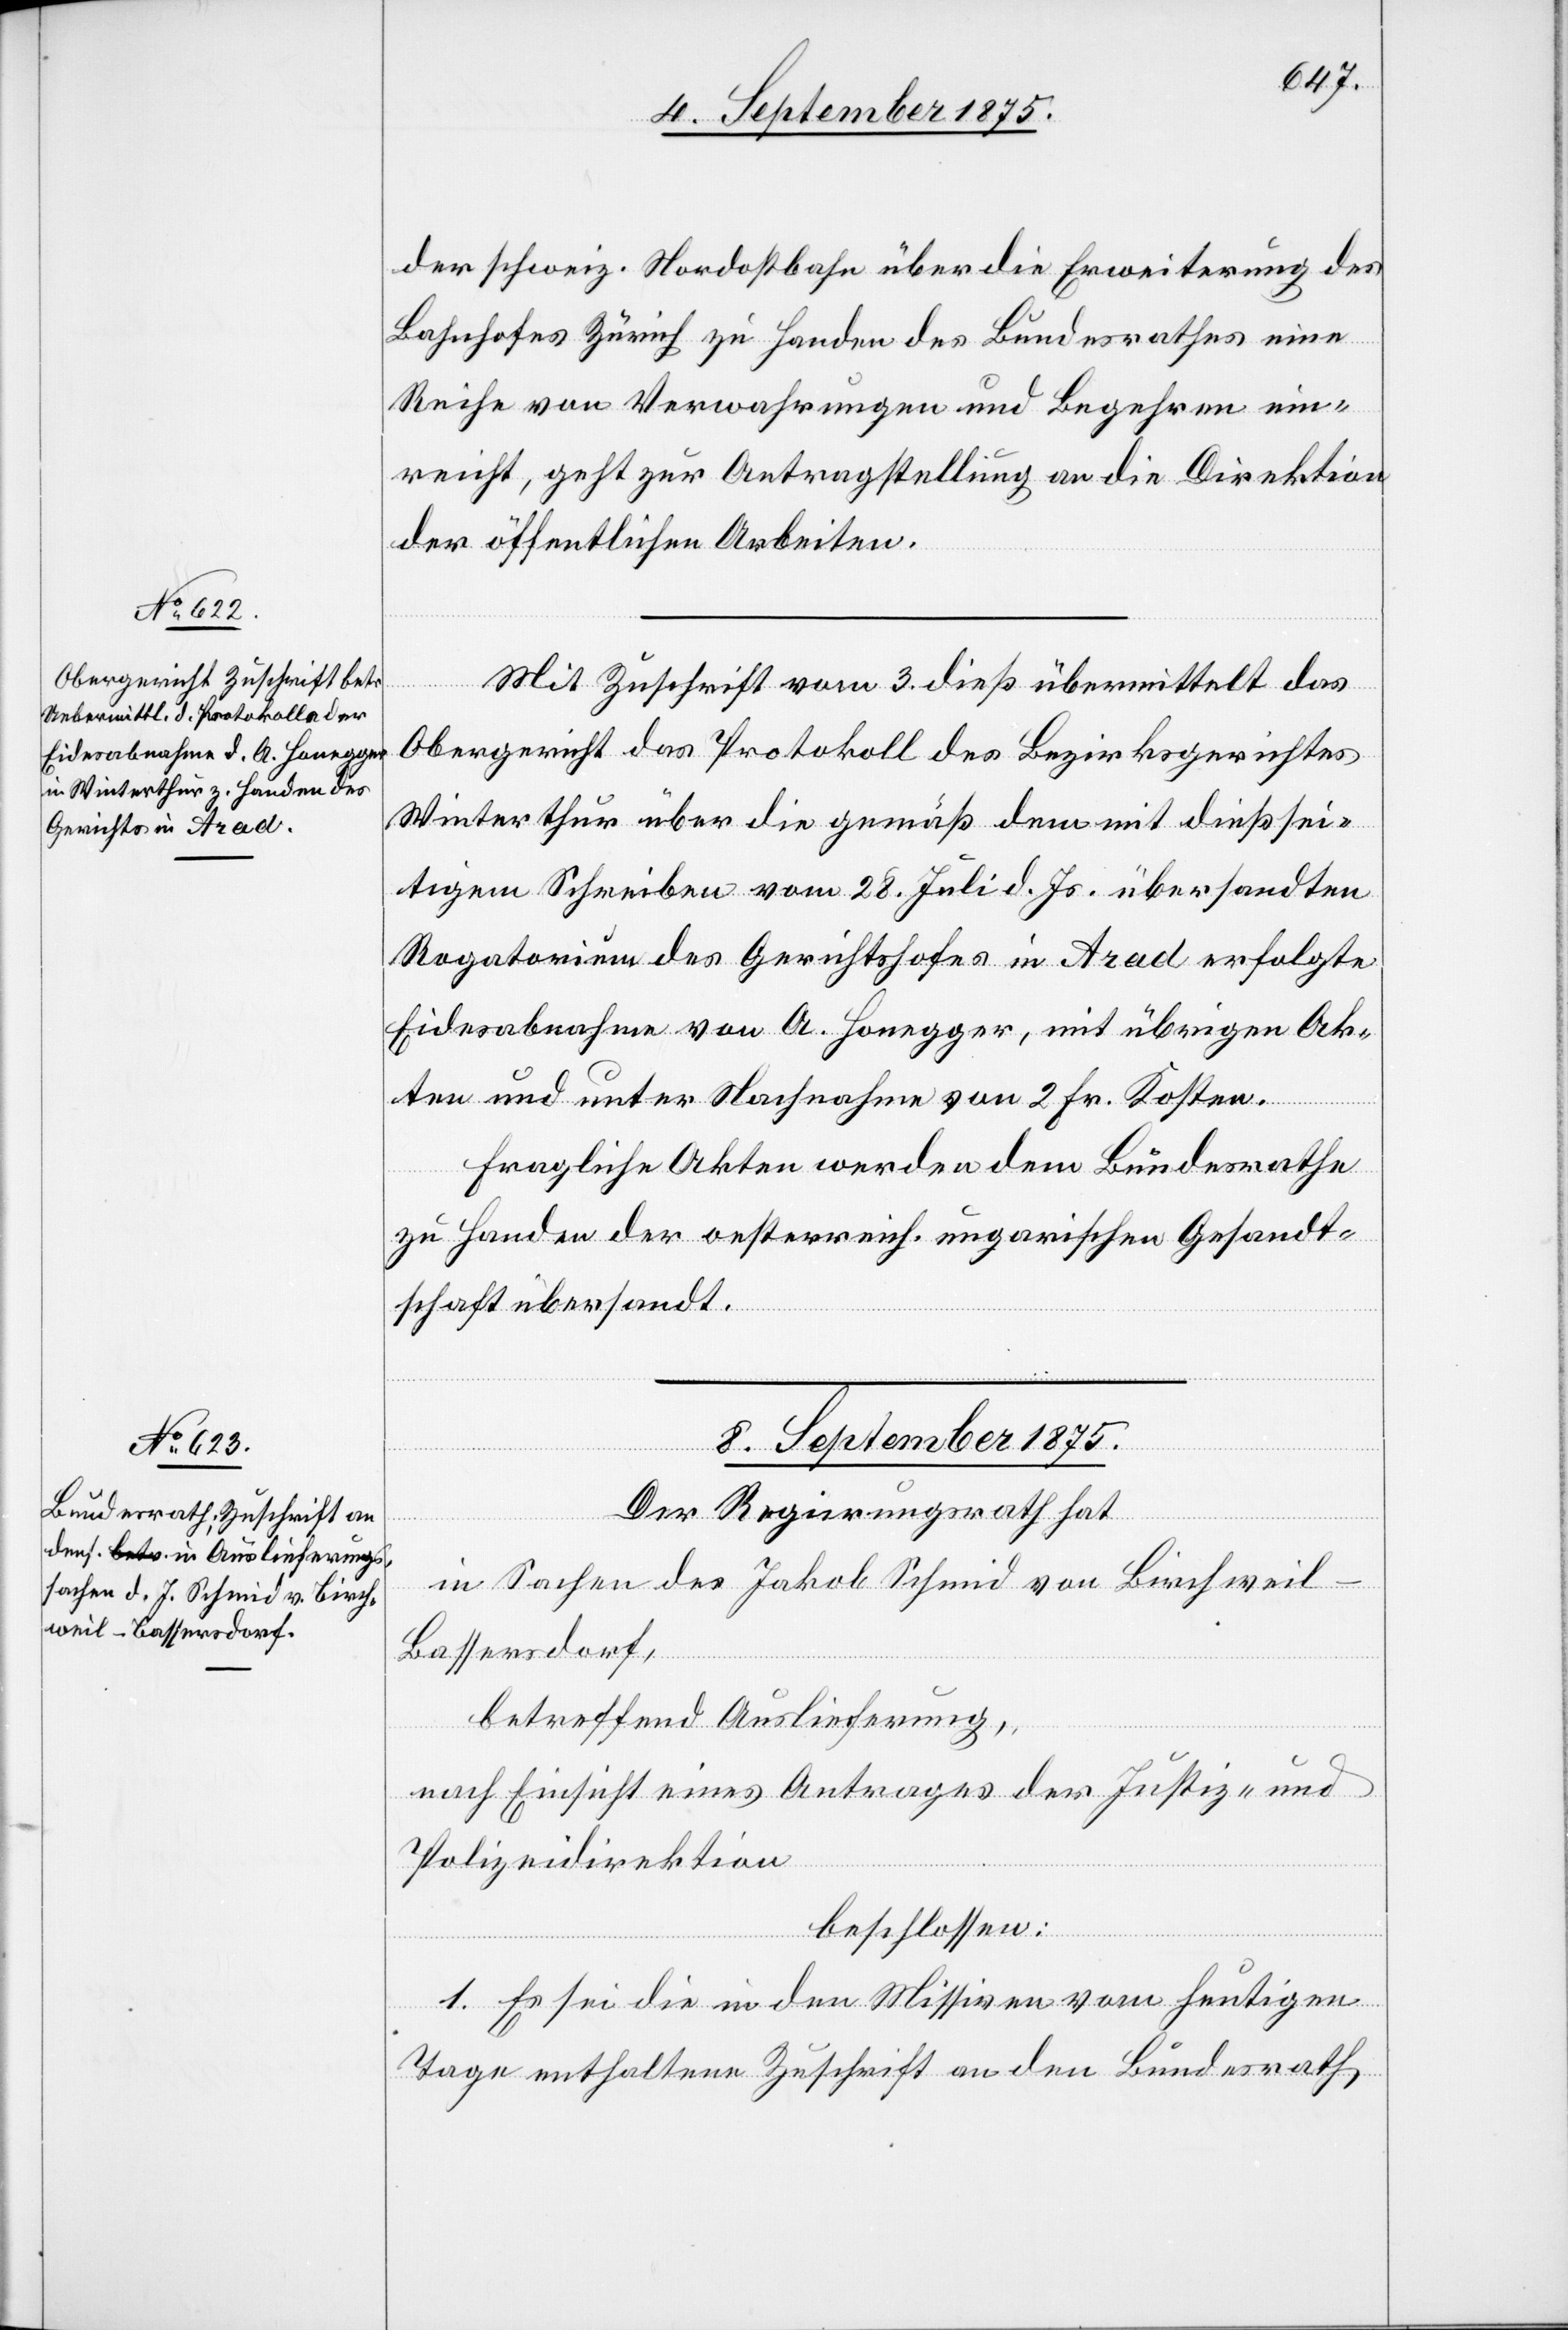
der schweiz. Nordostbahn über die Erweiterung des
Bahnhofes Zürich zu Handen des Bundesrathes eine
Reihe von Verwahrungen und Begehren ein¬
reicht, geht zur Antragstellung an die Direktion
der öffentlichen Arbeiten.
Mit Zuschrift vom 3. dieß übermittelt das
Obergericht das Protokoll des Bezirksgerichtes
Winterthur über die gemäß dem mit dießsei¬
tigem Schreiben vom 28. Juli d. Js. übersandten
Regatorium des Gerichthofes in Arad erfolgte
Eidesabnahme von A. Honegger, mit übrigen Ak¬
ten und unter Nachnahme von 2 Fr. Kosten.
Fragliche Akten werden dem Bundesrathe
zu Handen der oesterreich. ungarischen Gesandt¬
schaft übersandt.
8. September 1875.
Der Regierungsrath hat,
in Sachen des Jakob Schmid von Birchweil
-
Bassersdorf,
betreffend Auslieferung,
nach Einsicht eines Antrages der Justiz- und
Polizeidirektion
beschlossen:
1. Es sei die in den Missiven vom heutigen
Tage enthaltene Zuschrift an den Bundesrath